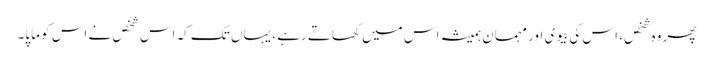
پھر وہ شخص، اس کی بیوی اور مہمان ہمیشہ اس میں کھاتے رہے ، یہاں تک کہ اس شخص نے اس کو ماپا۔